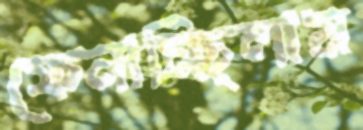
ফেনাচ্ছিলাম